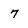
Character: 7